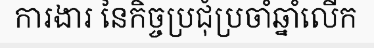
ការងារ នៃកិច្ចប្រជុំប្រចាំឆ្នាំលើក